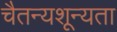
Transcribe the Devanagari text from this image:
चैतन्यशून्यता